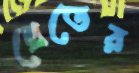
প্রেতের